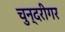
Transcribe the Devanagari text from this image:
चुन्दरीगर